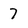
Character: 7